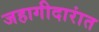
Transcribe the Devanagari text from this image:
जहागीदारांत